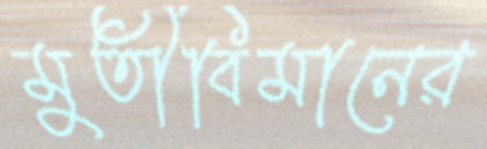
মুতীবিমানের